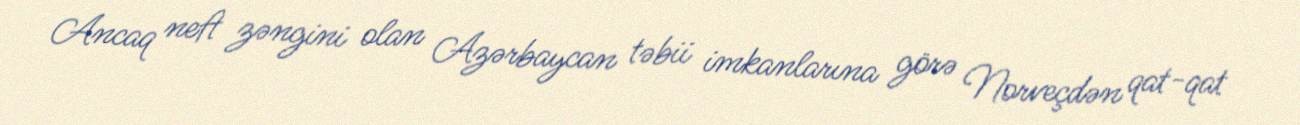
Ancaq neft zəngini olan Azərbaycan təbii imkanlarına görə Norveçdən qat-qat